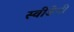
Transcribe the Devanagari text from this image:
स्वीडेनी